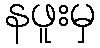
နဖူးမှ